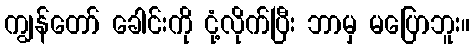
ကျွန်တော် ခေါင်းကို ငုံ့လိုက်ပြီး ဘာမှ မပြောဘူး။